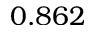
0 . 8 6 2